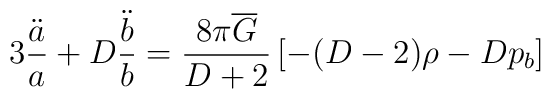
3 \frac{\ddot{a}}{a} + D \frac{\ddot{b}}{b} =	\frac{8 \pi \overline{G}}{D+2} \left[	-(D-2) \rho - D p_b 	\right]